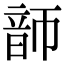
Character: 韴